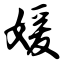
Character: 媛